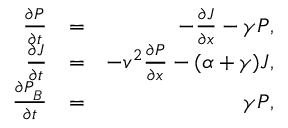
\begin{array} { r l r } { \frac { \partial P } { \partial t } } & { = } & { - \frac { \partial J } { \partial x } - \gamma P , } \\ { \frac { \partial J } { \partial t } } & { = } & { - v ^ { 2 } \frac { \partial P } { \partial x } - ( \alpha + \gamma ) J , } \\ { \frac { \partial P _ { _ B } } { \partial t } } & { = } & { \gamma P , } \end{array}